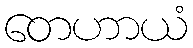
တေဟာယံ